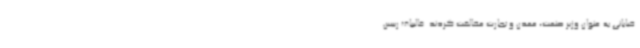
خیابانی به عنوان وزیر صنعت، معدن و تجارت مخالفت کردند. قالیباف رییس